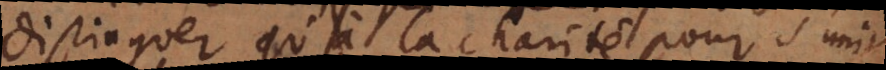
distinguer qu’à la charité pour s’unir